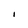
Character: I